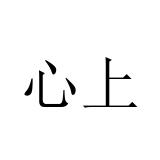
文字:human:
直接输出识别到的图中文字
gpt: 心上